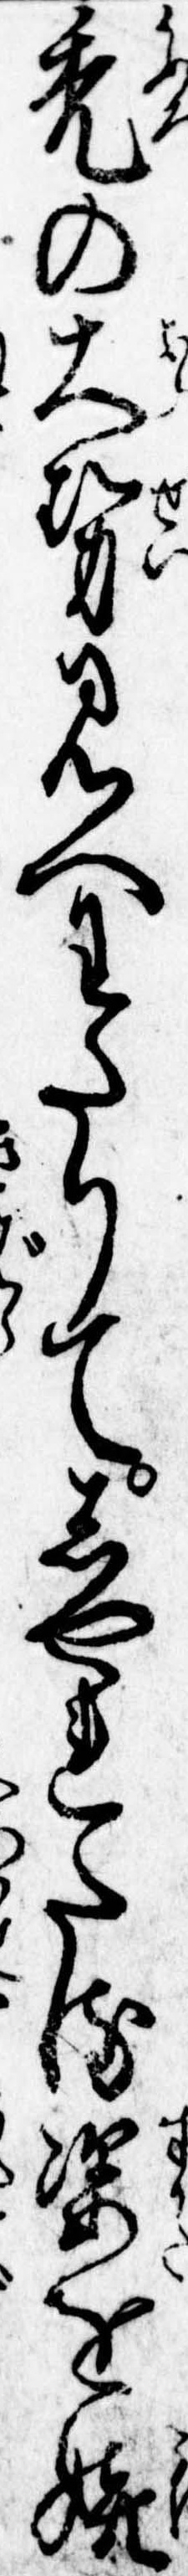
禿の大勢見へわたりてしやれたる姿を嬉